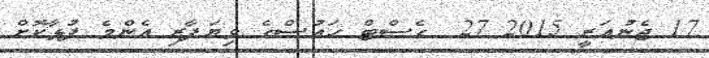
17 ޖެނުއަރީ 2015 27  ގެސްޓް ހައުސްގެ ވިޔަފާރި އެންމެ ފުޅާކޮށް